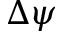
\Delta \psi